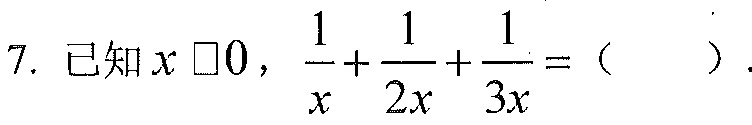
7. 已知\(x\square0\)，\(\dfrac{1}{x}+\dfrac{1}{2x}+\dfrac{1}{3x}=(\ \ \ \ \ )\).